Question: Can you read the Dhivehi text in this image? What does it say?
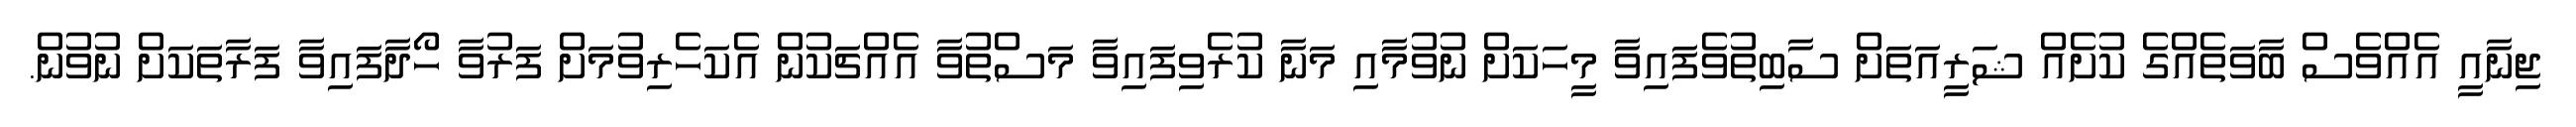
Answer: ޖިނާއީ އެއްވެސް ބާވަތެއްގެ ކުށެއް ޝަރީއަތަށް ސާބިތުވެފައިވާ މީހަކަށް ނުވުމާއި މަނާ ކުރެވިފައިވާ މަސްތުވާ އެއްޗަކުން އެކަހެރިވުމަށް ފަރުވާ ހޯދާފައިވާ ފަރާތަކަށް ނުވުން.